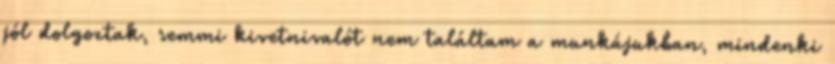
jól dolgoztak, semmi kivetnivalót nem találtam a munkájukban, mindenki